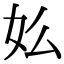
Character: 𡚸